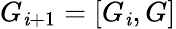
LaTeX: G_{\mathit{i}+1}=[G_{\mathit{i}},G]